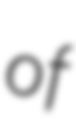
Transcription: of